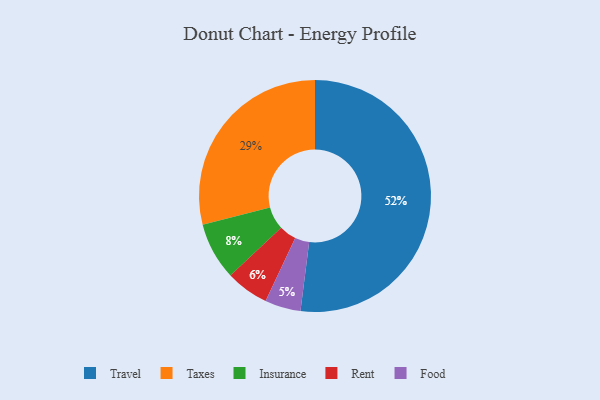
{"axis": {"x": "Category", "y": "Percentage"}, "legend": ["Food", "Insurance", "Rent", "Taxes", "Travel"], "data": [{"x": "Taxes", "y": 29, "type": "Taxes"}, {"x": "Insurance", "y": 8, "type": "Insurance"}, {"x": "Food", "y": 5, "type": "Food"}, {"x": "Travel", "y": 52, "type": "Travel"}, {"x": "Rent", "y": 6, "type": "Rent"}]}